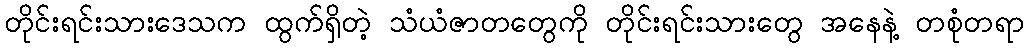
တိုင်းရင်းသားဒေသက ထွက်ရှိတဲ့ သံယံဇာတတွေကို တိုင်းရင်းသားတွေ အနေနဲ့ တစုံတရာ